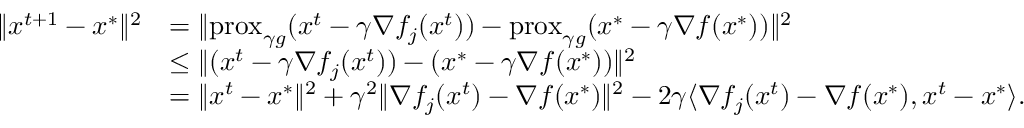
\begin{array} { r l } { \Vert x ^ { t + 1 } - x ^ { * } \Vert ^ { 2 } } & { = \Vert \mathrm { p r o x } _ { \gamma g } ( x ^ { t } - \gamma \nabla f _ { j } ( x ^ { t } ) ) - \mathrm { p r o x } _ { \gamma g } ( x ^ { * } - \gamma \nabla f ( x ^ { * } ) ) \Vert ^ { 2 } } \\ & { \leq \Vert ( x ^ { t } - \gamma \nabla f _ { j } ( x ^ { t } ) ) - ( x ^ { * } - \gamma \nabla f ( x ^ { * } ) ) \Vert ^ { 2 } } \\ & { = \Vert x ^ { t } - x ^ { * } \Vert ^ { 2 } + \gamma ^ { 2 } \Vert \nabla f _ { j } ( x ^ { t } ) - \nabla f ( x ^ { * } ) \Vert ^ { 2 } - 2 \gamma \langle \nabla f _ { j } ( x ^ { t } ) - \nabla f ( x ^ { * } ) , x ^ { t } - x ^ { * } \rangle . } \end{array}